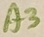
Text: A3